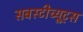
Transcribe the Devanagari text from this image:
सबस्टीच्यूट्स